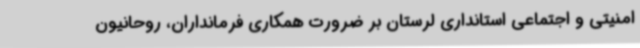
امنیتی و اجتماعی استانداری لرستان بر ضرورت همکاری فرمانداران، روحانیون